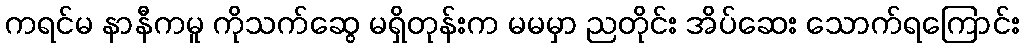
ကရင်မ နာနီကမူ ကိုသက်ဆွေ မရှိတုန်းက မမမှာ ညတိုင်း အိပ်ဆေး သောက်ရကြောင်း